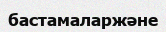
бастамаларжәне